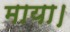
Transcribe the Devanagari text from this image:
माया।